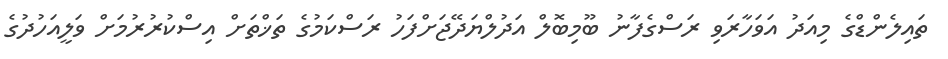
ތައިލެންޑްގެ މިއަދު އަވަހާރަވި ރަސްގެފާނު ބޫމިބޮލް އަދުލްޔަދޭޖަށްފަހު ރަސްކަމުގެ ތަޚްތަށް އިސްކުރުރުމަށް ވަލީއަހުދުގެ